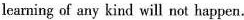
learning of any kind will not happen.